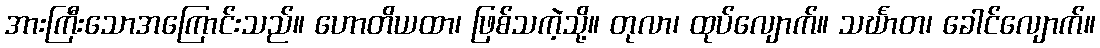
အားကြီးသောအကြောင်းသည်။ ဟောတိယထာ၊ ဖြစ်သကဲ့သို့။ တုလာ၊ ထုပ်လျောက်။ သင်္ဃာတ၊ ခေါင်လျောက်။